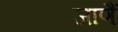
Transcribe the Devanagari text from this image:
जाणैं